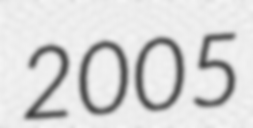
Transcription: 2005